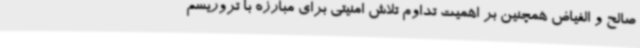
صالح و الفیاض همچنین بر اهمیت تداوم تلاش امنیتی برای مبارزه با تروریسم